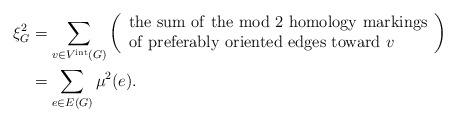
\begin{align*}\xi^2_G &=\sum_{v\in V^{\rm int}(G)}\left( \begin{array}{l} {\rm the\ sum\ of\ the\ mod\ } 2 {\rm \ homology\ markings} \\{\rm of\ preferably\ oriented\ edges\ toward\ } v \end{array} \right) \\&= \sum_{e\in E(G)} \mu^2(e).\end{align*}